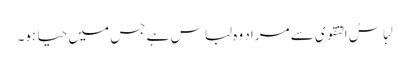
لِبَاسُ التقوی سے مراد وہ لباس ہے جس میں حیا ہو۔